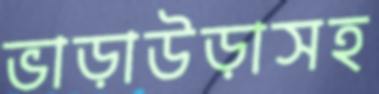
ভাড়াউড়াসহ